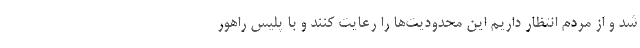
شد و از مردم انتظار داریم این محدودیت‌ها را رعایت کنند و با پلیس راهور